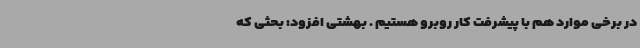
در برخی موارد هم با پیشرفت کار روبرو هستیم . بهشتی افزود: بحثی که